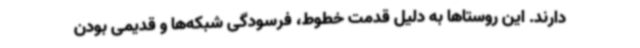
دارند. این روستاها به دلیل قدمت خطوط، فرسودگی شبکه‌ها و قدیمی بودن